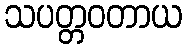
သပတ္တဝတာယ